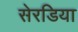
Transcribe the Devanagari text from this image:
सेरडिया